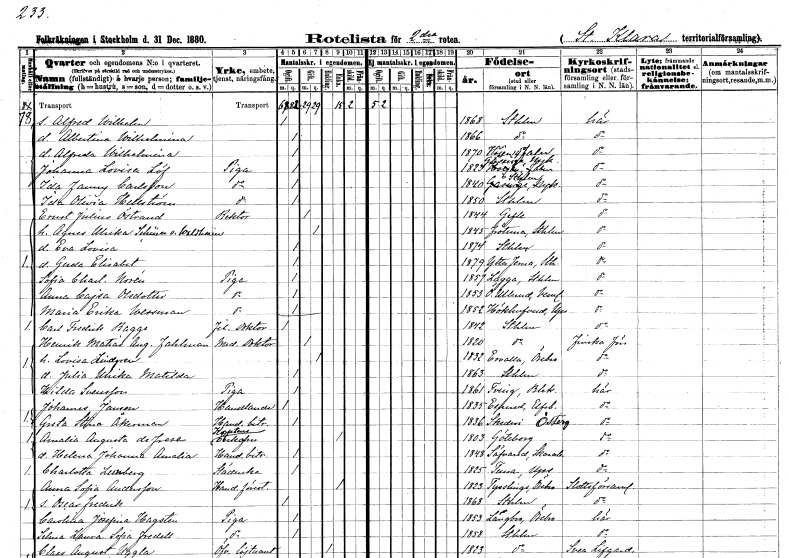
gt_parse: households: individuals: FN: Alfred Wilhelm
KON: M
CIV: O
FODAR: 1868
FODFORS: Stockholm
FN: Albertina Wilhelmina
KON: K
CIV: O
FODAR: 1866
FODFORS: Stockholm
FN: Alfreda Wilhelmina
KON: K
CIV: O
FODAR: 1870
FODFORS: Stora Kopparberg Kopparbergs län
FN: Johanna Lovisa
EN: Löf
YRKE: Piga
KON: K
CIV: O
FODAR: 1823
FODFORS: Gåsinge-Dillnäs Södermanlands län
FN: Ida Fanny
EN: Carlsson
YRKE: Piga
KON: K
CIV: O
FODAR: 1840
FODFORS: Stockholm
FN: Ida Olivia
EN: Hellström
YRKE: Piga
KON: K
CIV: O
FODAR: 1850
FODFORS: Stockholm
FN: Ernst Julius
EN: Östrand
YRKE: Rektor
KON: M
CIV: G
FODAR: 1844
FODFORS: Gävle Gävleborgs län
FN: Agnes Ulrika
EN: Schürer von Waldheim
KON: K
CIV: G
FODAR: 1845
FODFORS: Frötuna Stockholms län
FN: Eva Lovisa
KON: K
CIV: O
FODAR: 1874
FODFORS: Stockholm
FN: Gerda Elisabet
KON: K
CIV: O
FODAR: 1879
FODFORS: Ytterjärna Stockholms län
FN: Sofia Charlotta
EN: Norén
YRKE: Piga
KON: K
CIV: O
FODAR: 1857
FODFORS: Lagga Uppsala län
FN: Anna Cajsa
EN: Olsdotter
YRKE: Piga
KON: K
CIV: O
FODAR: 1853
FODFORS: Övre Ullerud Värmlands län
FN: Maria Erika
EN: Wessman
YRKE: Piga
KON: K
CIV: O
FODAR: 1852
FODFORS: Hökhuvud Uppsala län
FN: Carl Fredrik
EN: Bagge
YRKE: Fil. doktor
KON: M
CIV: O
FODAR: 1842
FODFORS: Stockholm
FN: Henrik Matias August
EN: Fahlman
YRKE: Medicine doktor
KON: M
CIV: G
FODAR: 1820
FODFORS: Stockholm
FN: Lovisa
EN: Lindgren
KON: K
CIV: G
FODAR: 1832
FODFORS: Ervalla Örebro län
FN: Julia Ulrika Matilda
KON: K
CIV: O
FODAR: 1863
FODFORS: Stockholm
FN: Hilda
EN: Svensson
YRKE: Piga
KON: K
CIV: O
FODAR: 1861
FODFORS: Tving Blekinge län
FN: Johannes
EN: Janson
YRKE: Handlande
KON: M
CIV: O
FODAR: 1835
FODFORS: Äspered Älvsborgs län
FN: Greta Stina
EN: Åkerman
YRKE: Handelsbiträde
KON: K
CIV: O
FODAR: 1836
FODFORS: Skedevi Östergötlands län
FN: Amalia Augusta
EN: de Frese
YRKE: Kaptensänka
KON: K
CIV: E
FODAR: 1803
FODFORS: Göteborg Göteborgs- och Bohuslän
FN: Helena Johanna Amalia
YRKE: Handelsbiträde
KON: K
CIV: O
FODAR: 1848
FODFORS: Sävare Skaraborgs län
FN: Charlotta
EN: Lunberg
YRKE: Städerska
KON: K
CIV: O
FODAR: 1825
FODFORS: Tuna Uppsala län